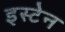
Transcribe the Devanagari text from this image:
इस्टेन